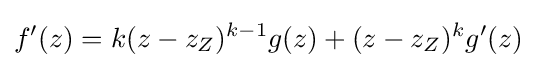
f'(z)=k(z-z_{Z})^{k-1}g(z)+(z-z_{Z})^{k}g'(z)\,\!